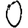
Digit: 0